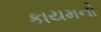
કાયમનો